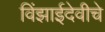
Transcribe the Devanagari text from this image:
विंझाईदेवीचे